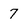
Character: 7